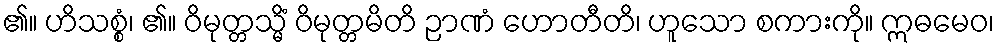
၏။ ဟိသစ္စံ၊ ၏။ ဝိမုတ္တသ္မိံ ဝိမုတ္တမိတိ ဉာဏံ ဟောတီတိ၊ ဟူသော စကားကို။ ဣဓမေဝ၊